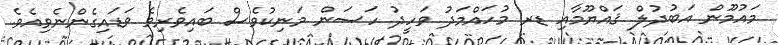
މައުމޫން އަބުދުލް ޤައްޔޫމާއި ޑރ މުހައްމަދު ވަހީދު ހަސަން މަނިކުވެސް ބައިވެރިވެ ވަޑައިގެންނެވިއެވެ.